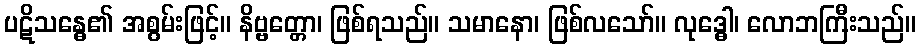
ပဋိသန္ဓေ၏ အစွမ်းဖြင့်။ နိဗ္ဗတ္တော၊ ဖြစ်ရသည်။ သမာနော၊ ဖြစ်လသော်။ လုဒ္ဓေါ၊ လောဘကြီးသည်။